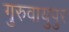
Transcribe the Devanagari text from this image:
गुरुवायुपुर